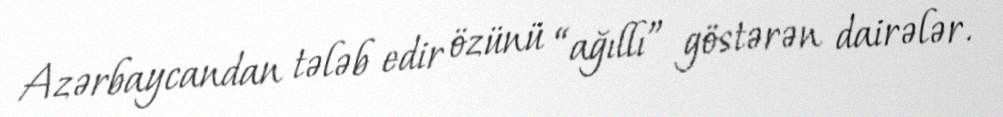
Azərbaycandan tələb edir özünü “ağıllı” göstərən dairələr.